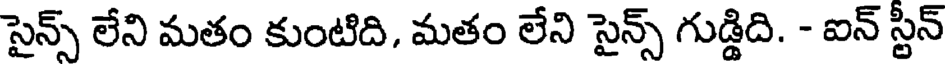
సైన్స్ లేని మతం కుంటిది, మతం లేని సైన్స్ గుడ్డిది. - ఐన్ స్టీన్